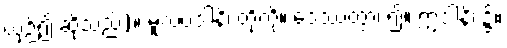
ယှဉ်၍ ဆိုသည်)။ မူလပဒါနိ၊ တို့ကို။ ဒေဿတွာ၊ ၍။ ဣဒါနိ၊ ၌။